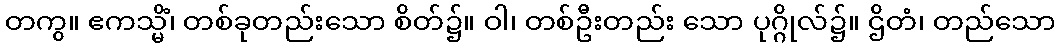
တကွ။ ဧကသ္မိံ၊ တစ်ခုတည်းသော စိတ်၌။ ဝါ၊ တစ်ဦးတည်း သော ပုဂ္ဂိုလ်၌။ ဌိတံ၊ တည်သော